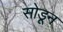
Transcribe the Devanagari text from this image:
सोडूून